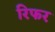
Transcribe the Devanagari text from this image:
रिफर